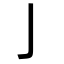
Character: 亅